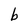
Character: b